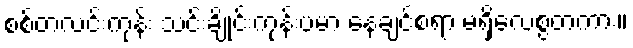
စစ်တလင်းကုန်း သင်းချိုင်းကုန်းပမာ နေချင်စရာ မရှိလေစွတကား။